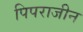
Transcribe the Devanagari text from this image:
पिपराजीन